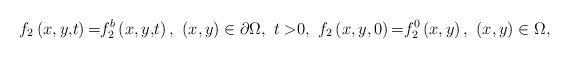
LaTeX: \begin{align*}{f_2}\left({x,y,}t \right){\rm =}{f_2^b}\left({x,y,}t \right), ~(x,y)\in\partial\Omega,~ {t >}0,~{f_2}\left(x,y ,0\right){\rm =}{f^0_2}\left(x,y \right),~(x,y)\in\Omega,\end{align*}